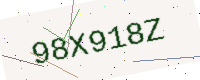
Text: 98X918Z